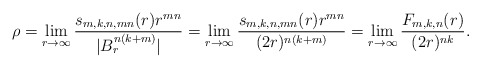
\begin{align*} \rho = \lim_{r \to \infty} \dfrac{s_{m,k,n,mn}(r)r^{mn}}{|B_r^{n(k+m)}|} = \lim_{r \to \infty} \dfrac{s_{m,k,n,mn}(r)r^{mn}}{(2r)^{n(k+m)}} = \lim\limits_{r \to \infty} \dfrac{F_{m,k,n}(r)}{(2r)^{nk}}.\end{align*}